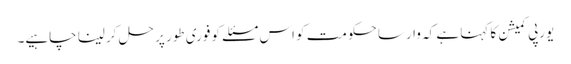
یورپی کمیشن کا کہنا ہے کہ وارسا حکومت کو اس مسئلے کو فوری طور پر حل کر لینا چاہیے۔